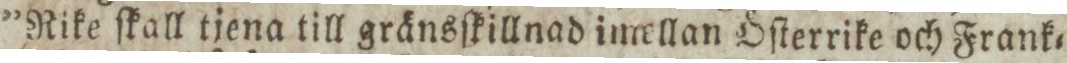
”Rike ſkall tjena till gränsſkillnad imellan Öſterrike och Frank=